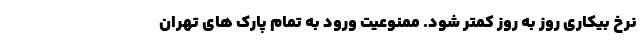
نرخ بیکارى روز به روز کمتر شود. ممنوعیت ورود به تمام پارک های تهران